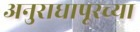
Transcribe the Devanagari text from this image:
अनुराधापूरच्या